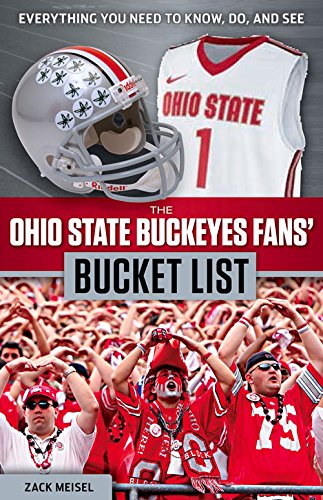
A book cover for The Ohio State Buckeyes Fans' Bucket List; Zack Meisel; Travel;